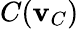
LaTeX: C(\mathbf{v}_{C})